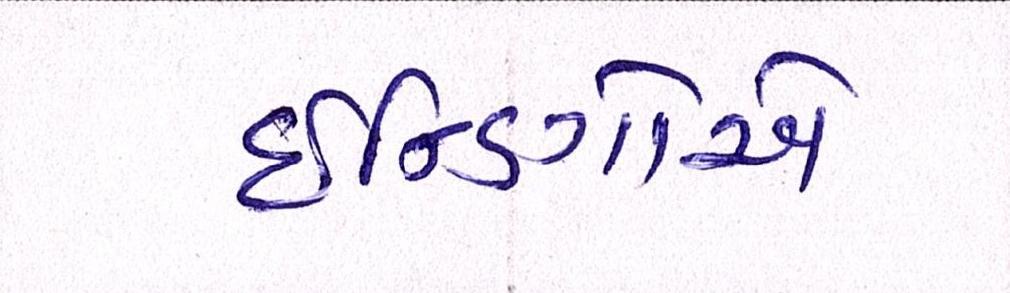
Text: ઇન્ડિગોએ